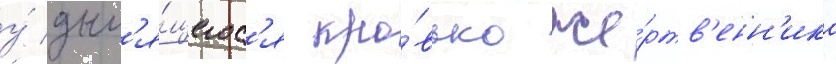
у́ дым'я́щегос'я кро́вью же́ртв'енн'ика